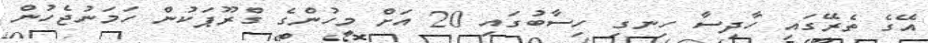
އޭގެ ތެރޭގައި ހާދިސާ ހިނގި ހިސާބުގައި 20 އަށް މީހުންގެ ގްރޫޕަކުން ހަމަނުޖެހުން